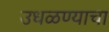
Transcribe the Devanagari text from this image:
उधळण्याचा